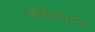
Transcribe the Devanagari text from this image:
परिवर्तमान